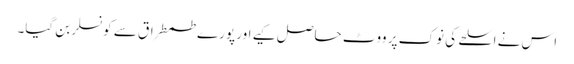
اس نے اسلحے کی نوک پر ووٹ حاصل کیے اور پورے طمطراق سے کونسلر بن گیا۔